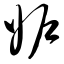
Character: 妒